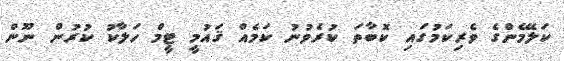
ކަލޭމެންގެ ވެރިކަމުގައި ކޮބާތަ ކުރެވުނު ކަމެއް ޤައުމީ ޓީމް ހަލާކު ކުރުން ނޫން